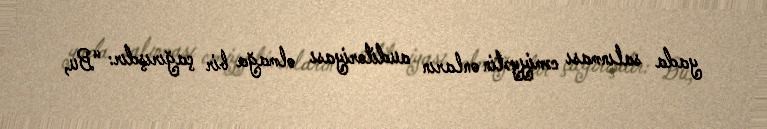
yada salınması cəmiyyətin onların auditoriyası olmağa bir çağırışdır: “Bu,